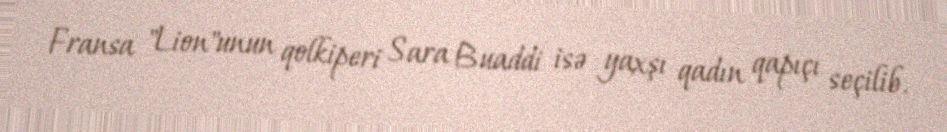
Fransa "Lion"unun qolkiperi Sara Buaddi isə yaxşı qadın qapıçı seçilib.